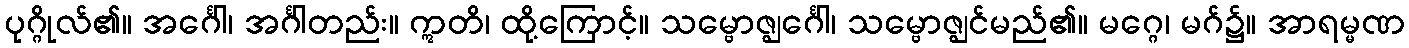
ပုဂ္ဂိုလ်၏။ အင်္ဂေါ၊ အင်္ဂါတည်း။ ဣတိ၊ ထို့ကြောင့်။ သမ္ဗောဇ္ဈင်္ဂေါ၊ သမ္ဗောဇ္ဈင်မည်၏။ မဂ္ဂေ၊ မဂ်၌။ အာရမ္မဏ